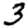
Digit: 3